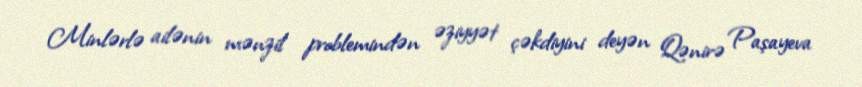
Minlərlə ailənin mənzil problemindən əziyyət çəkdiyini deyən Qənirə Paşayeva